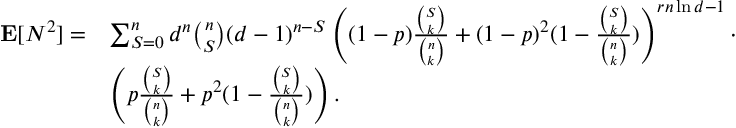
\begin{array} { r l } { \mathbf { E } [ N ^ { 2 } ] = } & { \sum _ { S = 0 } ^ { n } d ^ { n } \binom n S ( d - 1 ) ^ { n - S } \left( ( 1 - p ) \frac { \binom S k } { \binom n k } + ( 1 - p ) ^ { 2 } ( 1 - \frac { \binom S k } { \binom n k } ) \right) ^ { r n \ln d - 1 } \cdot } \\ & { \left( p \frac { \binom S k } { \binom n k } + p ^ { 2 } ( 1 - \frac { \binom S k } { \binom n k } ) \right) . } \end{array}